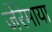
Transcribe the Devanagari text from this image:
जेरेमाया